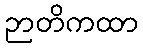
ဉာတိကထာ